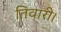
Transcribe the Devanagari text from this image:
तिवारी।